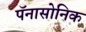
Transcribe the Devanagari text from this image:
पॅनासोनिक